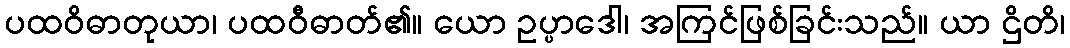
ပထဝိဓာတုယာ၊ ပထဝီဓာတ်၏။ ယော ဥပ္ပာဒေါ၊ အကြင်ဖြစ်ခြင်းသည်။ ယာ ဌိတိ၊